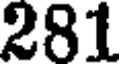
281